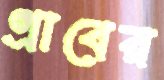
গ্রাবের